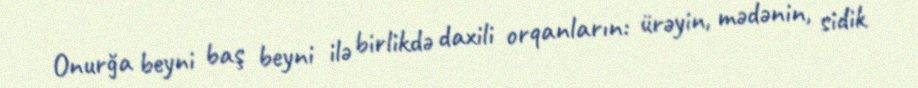
Onurğa beyni baş beyni ilə birlikdə daxili orqanların: ürəyin, mədənin, sidik